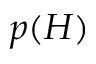
p ( H )